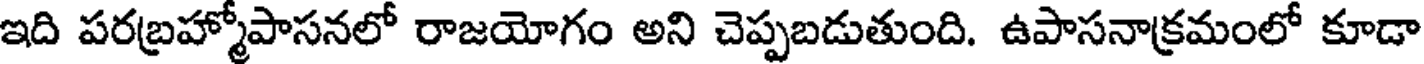
ఇది పరబ్రహ్మోపాసనలో రాజయోగం అని చెప్పబడుతుంది. ఉపాసనాక్రమంలో కూడా